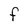
Character: F